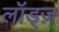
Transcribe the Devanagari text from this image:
लॉड्ज़